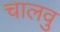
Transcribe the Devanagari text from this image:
चालवु